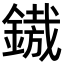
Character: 𨪠